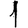
Digit: 1